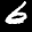
Label: 6